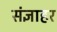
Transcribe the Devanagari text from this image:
संज्ञाहर